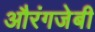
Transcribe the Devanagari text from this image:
औरंगजेबी